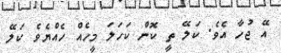
އޭ ޖުހާ އެވެ. ކަލޭ ތީ ކޮން ކަހަލަ މީހެއް ހެއްޔެވެ ކަލޭ